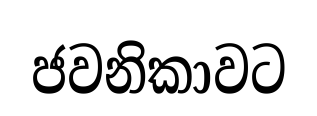
ජවනිකාවට